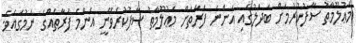
މަޢުލޫމާތު ސާފުކުރުމަށް ބަދަލުގައި އަންނަ ފަރާތަށް މަޢުލޫމާތު ސާފުކުރެވޭނީ އެންމެ ފަރާތެއްގެ ނަމުގައެވެ.